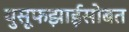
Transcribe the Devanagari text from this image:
युसूफझाईसोबत